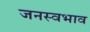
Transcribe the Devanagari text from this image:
जनस्वभाव